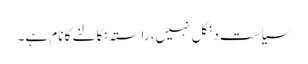
سیاست دنگل نہیں، راستہ نکالنے کا نام ہے۔